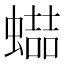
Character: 𧑱